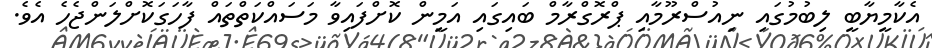
އެކާމީޔާބީ ލިބުމުގައި ނިއުސްރޫމާއި ޕްރޮގްރާމް ބައިގައި އަމީން ކޮށްފައިވާ މަސައްކަތްތައް ފާހަަގަކޮށްލަންޖެހެ އެވެ.